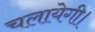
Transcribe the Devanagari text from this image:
चलायेगी।